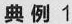
典例1